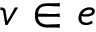
v \in e